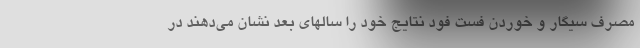
مصرف سیگار و خوردن فست فود نتایج خود را سالهای بعد نشان می‌دهند در